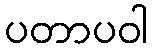
ပတာပဝါ